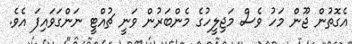
އެގޮތުން ޖޫން މަހު ވެސް މަޖިލީހުގެ މެންބަރުން ވަނީ ޗުއްޓީ ނަންގަވައިފަ އެވެ.